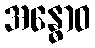
အန္ဓောဝ